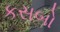
કસબો